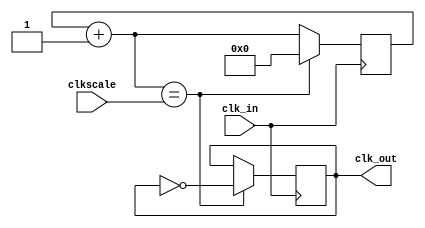


// output frequency = clk_in frequency / (2 * clkscale)
module clock_div (clk_in, clkscale, clk_out);
    input clk_in;
    input [31:0] clkscale;
    output reg clk_out;

    reg [31:0] clkq = 0;

    always @ (posedge clk_in) begin
   	 clkq = clkq + 1;
   	 if (clkq == clkscale) begin
   		 clk_out = ~clk_out;
   		 clkq = 0;
   	 end
    end
endmodule